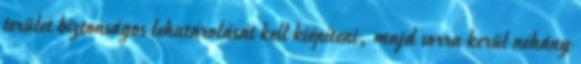
terület biztonságos lehatárolását kell kiépíteni, majd sorra kerül néhány